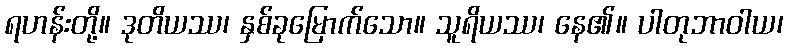
ရဟန်းတို့။ ဒုတိယဿ၊ နှစ်ခုမြောက်သော။ သူရိယဿ၊ နေ၏။ ပါတုဘာဝါယ၊